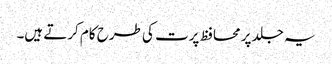
یہ جلد پر محافظ پرت کی طرح کام کرتے ہیں۔